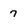
Character: 7